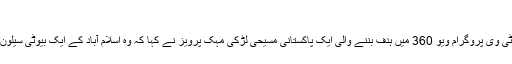
مہک پرویز کی کہانی
وائس آف امریکہ کے ٹی وی پروگرام ویو 360 میں ہدف بننے والی ایک پاکستانی مسیحی لڑکی مہک پرویز نے کہا کہ وہ اسلام آباد کے ایک بیوٹی سیلون میں کام کر رہی تھیں۔